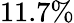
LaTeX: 11.7\%